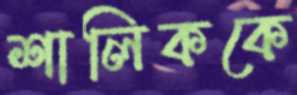
শালিককে